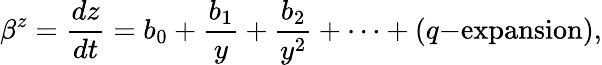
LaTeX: \beta^{z}=\frac{dz}{dt}=b_{0}+\frac{b_{1}}{y}+\frac{b_{2}}{y^{2}}+\dots+(q\mathrm{-expansion}),